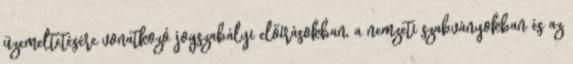
üzemeltetésére vonatkozó jogszabályi előírásokban, a nemzeti szabványokban és az